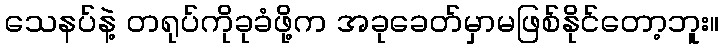
သေနပ်နဲ့ တရုပ်ကိုခုခံဖို့က အခုခေတ်မှာမဖြစ်နိုင်တော့ဘူး။